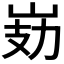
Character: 𭖗